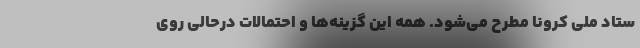
ستاد ملی کرونا مطرح می‌شود. همه این گزینه‌ها و احتمالات درحالی روی